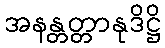
အနန္တတ္တာနုဒိဋ္ဌိ